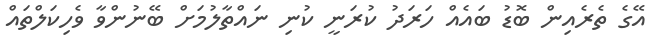
އޭގެ ތެރެއިން ބޮޑު ބައެއް ހަރަދު ކުރަނީ ކުނި ނައްތާލުމަށް ބޭނުންވާ ވެހިކަލްތައް